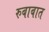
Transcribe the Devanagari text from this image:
रुबाबात